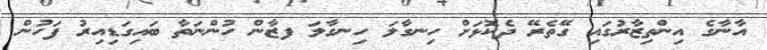
އާނާގެ އިންތިޒާރުގައި ގޭތެރޭ ދެކޮޅަށް ހިނގާލަ ހިނގާލަ ފޒާން ހުންނަތާ ބައިގަޑިއިރު ފަހުން